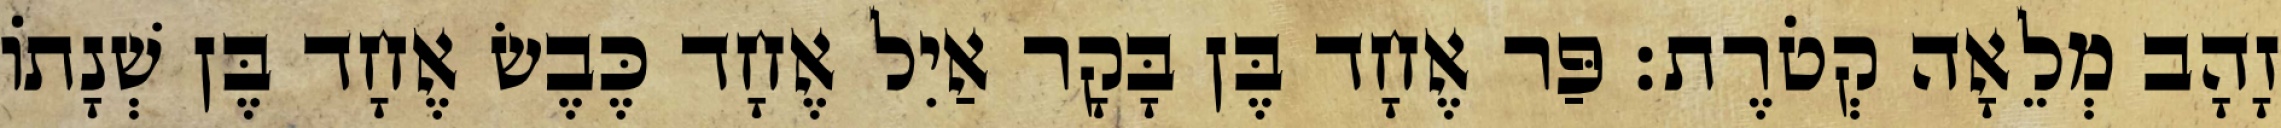
זָהָב מְלֵאָה קְטֹרֶת׃ פַּר אֶחָד בֶּן בָּקָר אַיִל אֶחָד כֶּבֶשׂ אֶחָד בֶּן שְׁנָתוֹ